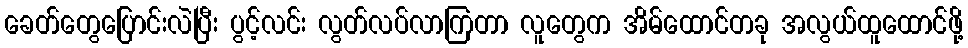
ခေတ်တွေပြောင်းလဲပြီး ပွင့်လင်း လွတ်လပ်လာကြတာ လူတွေက အိမ်ထောင်တခု အလွယ်ထူထောင်ဖို့